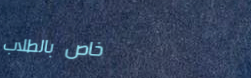
خاص بالطلاب